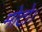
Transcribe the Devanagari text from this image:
मोटो।